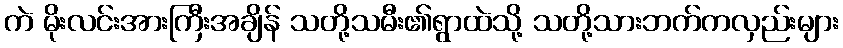
ကဲ မိုးလင်းအားကြီးအချိန် သတို့သမီး၏ရွာထဲသို့ သတို့သားဘက်ကလှည်းများ